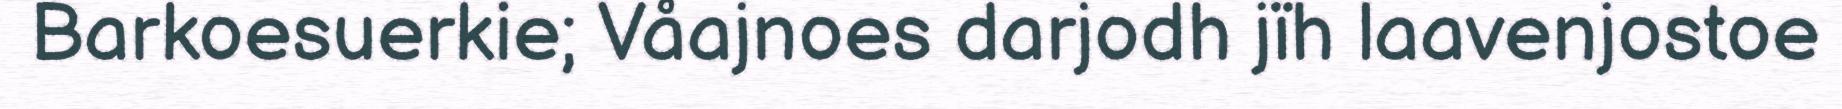
Barkoesuerkie; Våajnoes darjodh jïh laavenjostoe